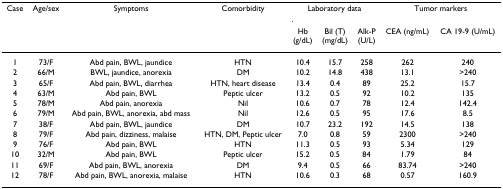
| Case | Age/sex | Symptoms | Comorbidity | <COLSPAN=3> Laboratory data | <COLSPAN=2> Tumor markers |
 |  |  |  |  | Hb(g/dL) | Bil (T)(mg/dL) | Alk-P(U/L) | CEA (ng/mL) | CA 19-9 (U/mL) |
 | --- | --- | --- | --- | --- | --- | --- | --- | --- |
 | 1 | 73/F | Abd pain, BWL, jaundice | HTN | 10.4 | 15.7 | 258 | 262 | 240 |
 | 2 | 66/M | BWL, jaundice, anorexia | DM | 10.2 | 14.8 | 438 | 13.1 | >240 |
 | 3 | 65/F | Abd pain, BWL, diarrhea | HTN, heart disease | 13.4 | 0.4 | 89 | 25.2 | 15.7 |
 | 4 | 63/M | Abd pain, BWL | Peptic ulcer | 13.2 | 0.5 | 92 | 10.2 | 135 |
 | 5 | 78/M | Abd pain, anorexia | Nil | 10.6 | 0.7 | 78 | 12.4 | 142.4 |
 | 6 | 79/M | Abd pain, BWL, anorexia, abd mass | Nil | 12.6 | 0.5 | 95 | 17.6 | 8.5 |
 | 7 | 38/F | Abd pain, BWL, jaundice | DM | 10.7 | 23.2 | 192 | 14.5 | 138 |
 | 8 | 79/F | Abd pain, dizziness, malaise | HTN, DM, Peptic ulcer | 7.0 | 0.8 | 59 | 2300 | >240 |
 | 9 | 76/F | Abd pain, BWL | HTN | 11.3 | 0.5 | 93 | 5.34 | 129 |
 | 10 | 32/M | Abd pain, BWL | Peptic ulcer | 15.2 | 0.5 | 84 | 1.79 | 84 |
 | 11 | 69/F | Abd pain, BWL, anorexia | DM | 9.4 | 0.5 | 66 | 83.74 | >240 |
 | 12 | 78/F | Abd pain, BWL, anorexia, malaise | HTN | 10.6 | 0.3 | 68 | 0.57 | 160.9 |